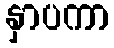
နှာပကာ